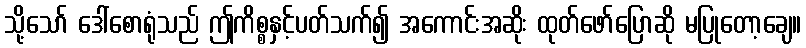
သို့သော် ဒေါ်စောရုံသည် ဤကိစ္စနှင့်ပတ်သက်၍ အကောင်းအဆိုး ထုတ်ဖော်ပြောဆို မပြုတော့ချေ။